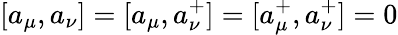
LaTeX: [a_{\mu},a_{\nu}]=[a_{\mu},a_{\nu}^{+}]=[a_{\mu}^{+},a_{\nu}^{+}]=0